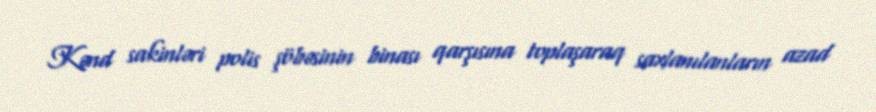
Kənd sakinləri polis şöbəsinin binası qarşısına toplaşaraq saxlanılanların azad